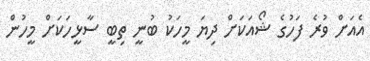
އެއަށް ވުރެ ފަހުގެ ޝޯއަކަށް ދިޔަ މީހަކު ބުނީ ތިބީ ސާޅީހަކަށް މީހުން